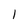
Character: 1